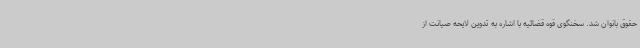
حقوق بانوان شد. سخنگوی قوه قضائیه با اشاره به تدوین لایحه صیانت از